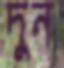
দুন